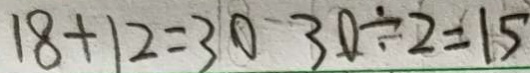
1 8 + 1 2 = 3 0 3 0 \div 2 = 1 5